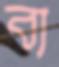
ব্য